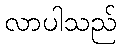
လာပါသည်